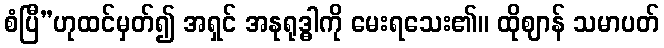
စံပြီ”ဟုထင်မှတ်၍ အရှင် အနုရုဒ္ဓါကို မေးရသေး၏။ ထိုဈာန် သမာပတ်